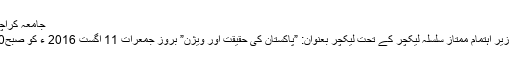
جامعہ کراچی: کلیہ سماجی علوم کے زیر اہتمام لیکچر 11 اگست کو ہوگا
کراچی:(نیوزآن لائن)جامعہ کراچی کے کلیہ سماجی علوم کے زیر اہتمام ممتاز سلسلہ لیکچر کے تحت لیکچر بعنوان: ”پاکستان کی حقیقت اور ویژن” بروز جمعرات 11 اگست 2016 ء کو صبح11:00 بجے کلیہ سماجی علوم کی سماعت گاہ میں منعقد ہوگا۔